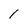
Character: 1